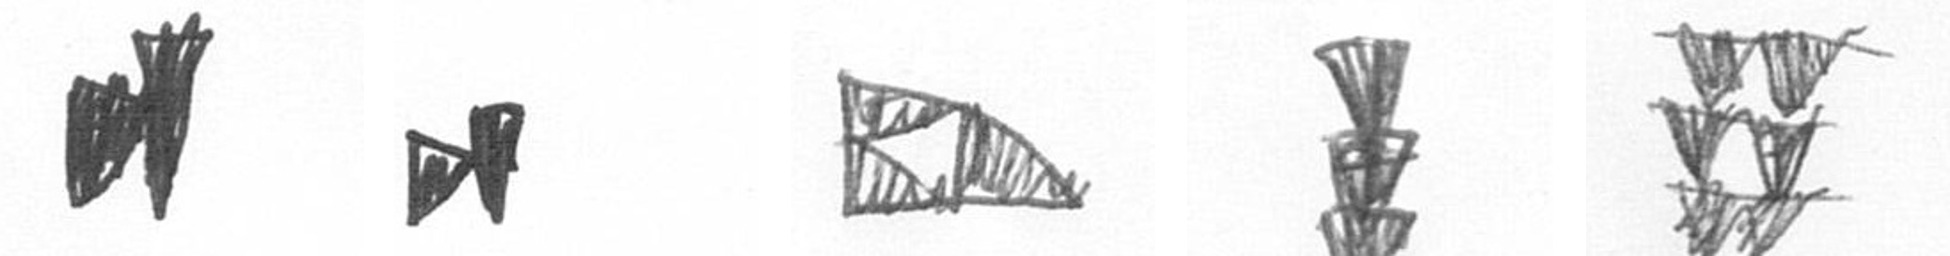
M M K E Y